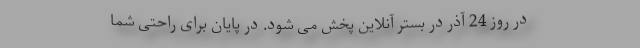
در روز 24 آذر در بستر آنلاین پخش می شود. در پایان برای راحتی شما